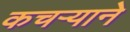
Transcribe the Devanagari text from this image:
कचऱ्याने